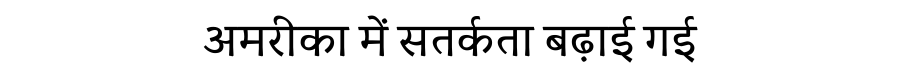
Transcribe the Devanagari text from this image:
अमरीका में सतर्कता बढ़ाई गई